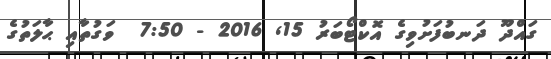
ގައްދޫ ދަނބުފަށުވިގެ އޮކްޓޯބަރު 15